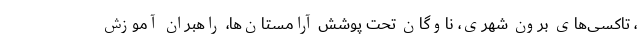
، تاکسی‌های برون شهری، ناوگان تحت پوشش آرامستان‌ها، راهبران آموزش